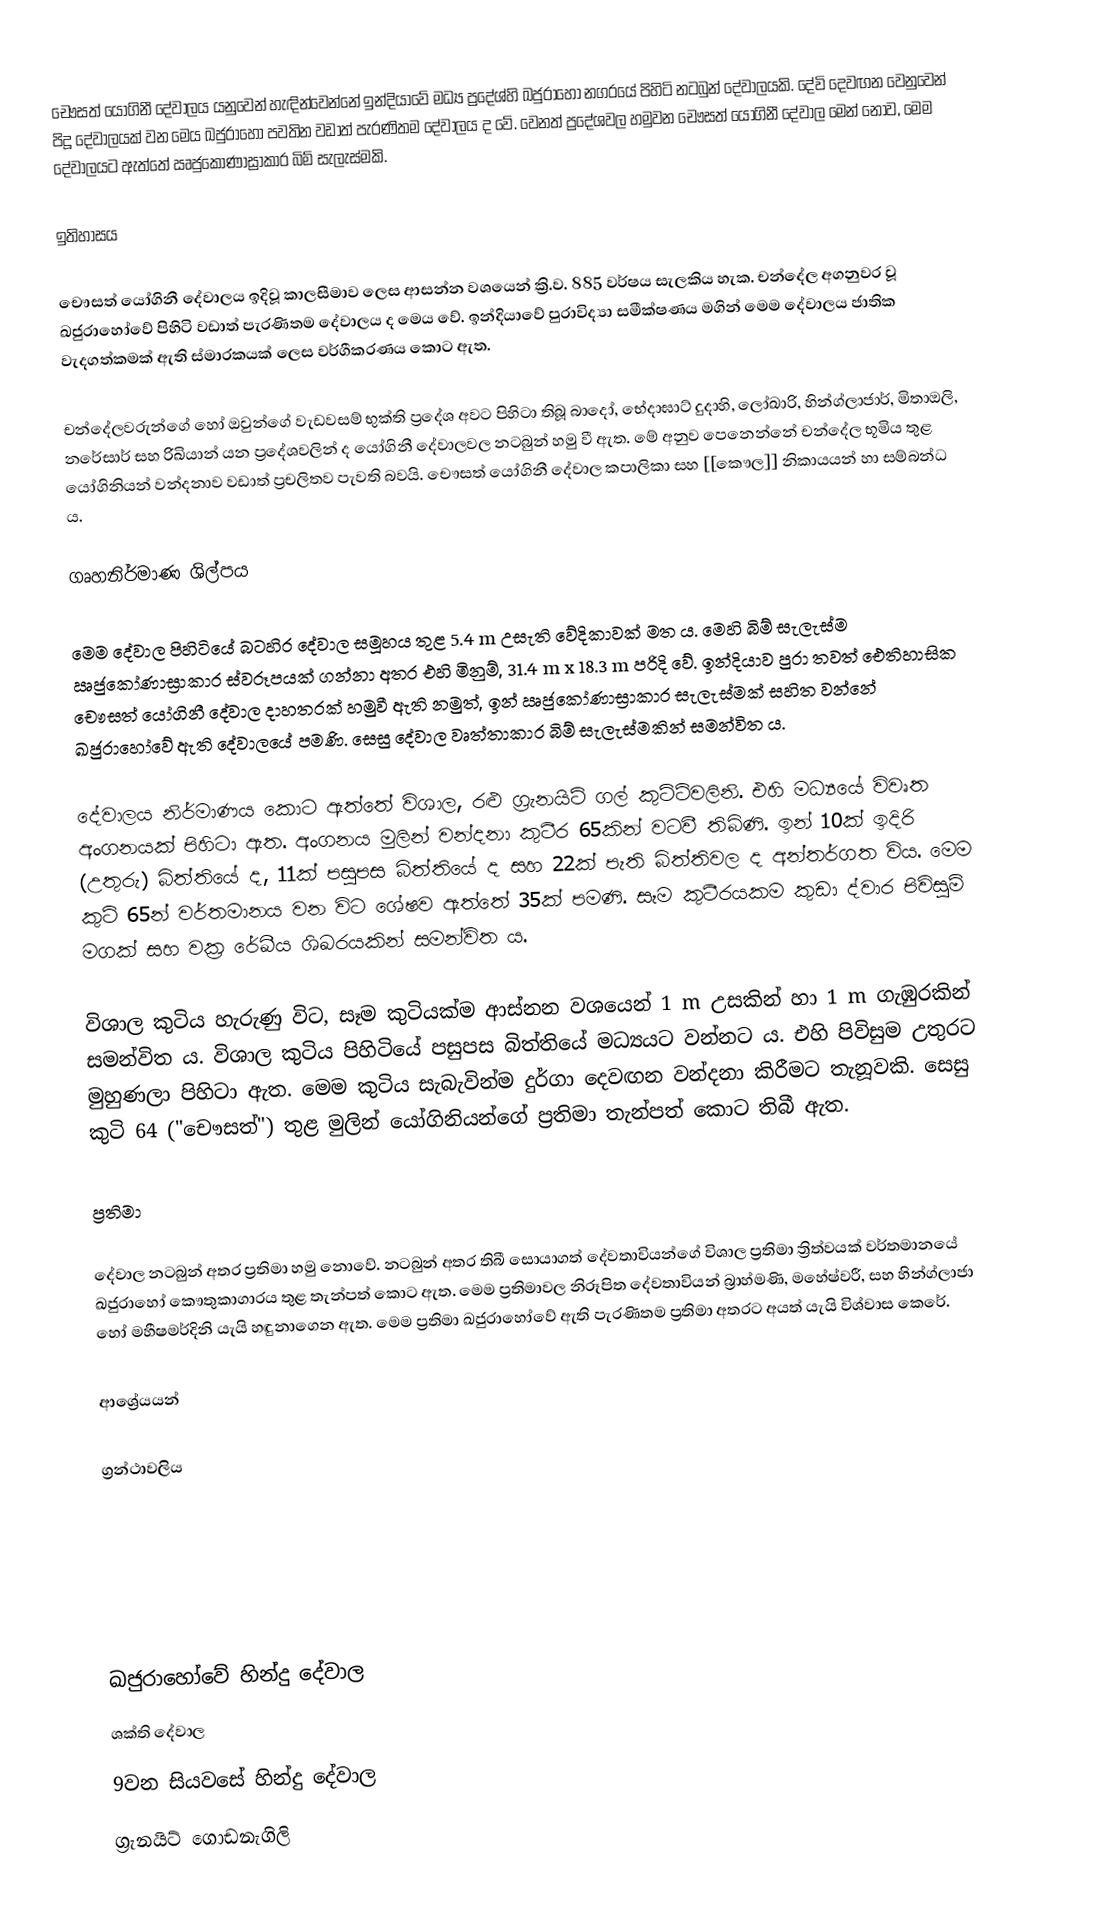
චෞසත් යෝගිනී දේවාලය යනුවෙන් හැඳින්වෙන්නේ ඉන්දියාවේ මධ්‍ය ප්‍රදේශ්හි ඛජුරාහෝ නගරයේ පිහිටි නටබුන් දේවාලයකි. දේවි දෙවඟන වෙනුවෙන් පිදූ දේවාලයක් වන මෙය ඛජුරාහෝ පවතින වඩාත් පැරණිතම දේවාලය ද වේ. වෙනත් ප්‍රදේශවල හමුවන චෞසත් යෝගිනී දේවාල මෙන් නොව, මෙම දේවාලයට ඇත්තේ ඍජුකෝණාස්‍රාකාර බිම් සැලැස්මකි.

ඉතිහාසය

චෞසත් යෝගිනී දේවාලය ඉදිවූ කාලසීමාව ලෙස ආසන්න වශයෙන් ක්‍රි.ව. 885 වර්ෂය සැලකිය හැක. චන්දේල අගනුවර වූ ඛජුරාහෝවේ පිහිටි වඩාත් පැරණිතම දේවාලය ද මෙය වේ. ඉන්දියාවේ පුරාවිද්‍යා සමීක්ෂණය මගින් මෙම දේවාලය ජාතික වැදගත්කමක් ඇති ස්මාරකයක් ලෙස වර්ගීකරණය කොට ඇත.

චන්දේලවරුන්ගේ හෝ ඔවුන්ගේ වැඩවසම් භුක්ති ප්‍රදේශ අවට පිහිටා තිබූ බාදෝ, භේදාඝාට් දුදාහි, ලෝඛාරි, හින්ග්ලාජාර්, මිතාඔලි, නරේසාර් සහ රිඛියාන් යන ප්‍රදේශවලින් ද යෝගිනී දේවාලවල නටබුන් හමු වී ඇත. මේ අනුව පෙනෙන්නේ චන්දේල භූමිය තුළ යෝගිනියන් වන්දනාව වඩාත් ප්‍රචලිතව පැවති බවයි. චෞසත් යෝගිනී දේවාල කපාලිකා සහ [‍[කෞල]] නිකායයන් හා සම්බන්ධ ය.

ගෘහනිර්මාණ ශිල්පය

මෙම දේවාල පිහිටියේ බටහිර දේවාල සමූහය තුළ 5.4 m උසැති වේදිකාවක් මත ය. මෙහි බිම් සැලැස්ම ඍජුකෝණාස්‍රාකාර ස්වරූපයක් ගන්නා අතර එහි මිනුම්, 31.4 m x 18.3 m පරිදි වේ. ඉන්දියාව පුරා තවත් ඓතිහාසික චෞසත් යෝගිනී දේවාල දාහතරක් හමුවී ඇති නමුත්, ඉන් ඍජුකෝණාස්‍රාකාර සැලැස්මක් සහිත වන්නේ ඛජුරාහෝවේ ඇති දේවාලයේ පමණි. සෙසු දේවාල වෘත්තාකාර බිම් සැලැස්මකින් සමන්විත ය.

දේවාලය නිර්මාණය කොට ඇත්තේ විශාල, රළු ග්‍රැනයිට් ගල් කුට්ටිවලිනි. එහි මධ්‍යයේ විවෘත අංගනයක් පිහිටා ඇත. අංගනය මුලින් වන්දනා කුටීර 65කින් වටවී තිබිණි. ඉන් 10ක් ඉදිරි (උතුරු) බිත්තියේ ද, 11ක් පසුපස බිත්තියේ ද සහ 22ක් පැති බිත්තිවල ද අන්තර්ගත විය. මෙම කුටි 65න් වර්තමානය වන විට ශේෂව ඇත්තේ 35ක් පමණි. සෑම කුටීරයකම කුඩා ද්වාර පිවිසුම් මගක් සහ වක්‍ර රේඛීය ශිඛරයකින් සමන්විත ය.

විශාල කුටිය හැරුණු විට, සෑම කුටියක්ම ආස්නන වශයෙන් 1 m උසකින් හා 1 m ගැඹුරකින් සමන්විත ය. විශාල කුටිය පිහිටියේ පසුපස බිත්තියේ මධ්‍යය‍ට වන්නට ය. එහි පිවිසුම උතුරට මුහුණලා පිහිටා ඇත. මෙම කුටිය සැබැවින්ම දුර්ගා දෙවඟන වන්දනා කිරීමට තැනූවකි. සෙසු කුටි 64 ("චෞසත්") තුළ මුලින් යෝගිනියන්ගේ ප්‍රතිමා තැන්පත් කොට තිබී ඇත.

ප්‍රතිමා

දේවාල නටබුන් අතර ප්‍රතිමා හමු නොවේ. නටබුන් අතර තිබී සොයාගත් දේවතාවියන්ගේ විශාල ප්‍රතිමා ත්‍රිත්වයක් වර්තමානයේ ඛජුරාහෝ කෞතුකාගාරය තුළ තැන්පත් කොට ඇත. මෙම ප්‍රතිමාවල නිරූපිත දේවතාවියන් බ්‍රාහ්මණි, මහේෂ්වරී, සහ හින්ග්ලාජා හෝ මහීෂමර්දිනි යැයි හඳුනාගෙන ඇත. මෙම ප්‍රතිමා ඛජුරාහෝවේ ඇති පැරණිතම ප්‍රතිමා අතරට අයත් යැයි විශ්වාස කෙරේ.

ආශ්‍රේයයන්

ග්‍රන්ථාවලිය

ඛජුරාහෝවේ හින්දු දේවාල
ශක්ති දේවාල
9වන සියවසේ හින්දු දේවාල
ග්‍රැනයිට් ගොඩනැගිලි